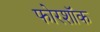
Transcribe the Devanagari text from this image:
फोरशॉक